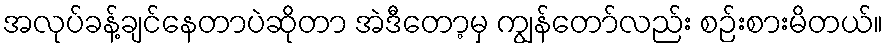
အလုပ်ခန့်ချင်နေတာပဲဆိုတာ အဲဒီတော့မှ ကျွန်တော်လည်း စဉ်းစားမိတယ်။